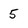
Character: 5